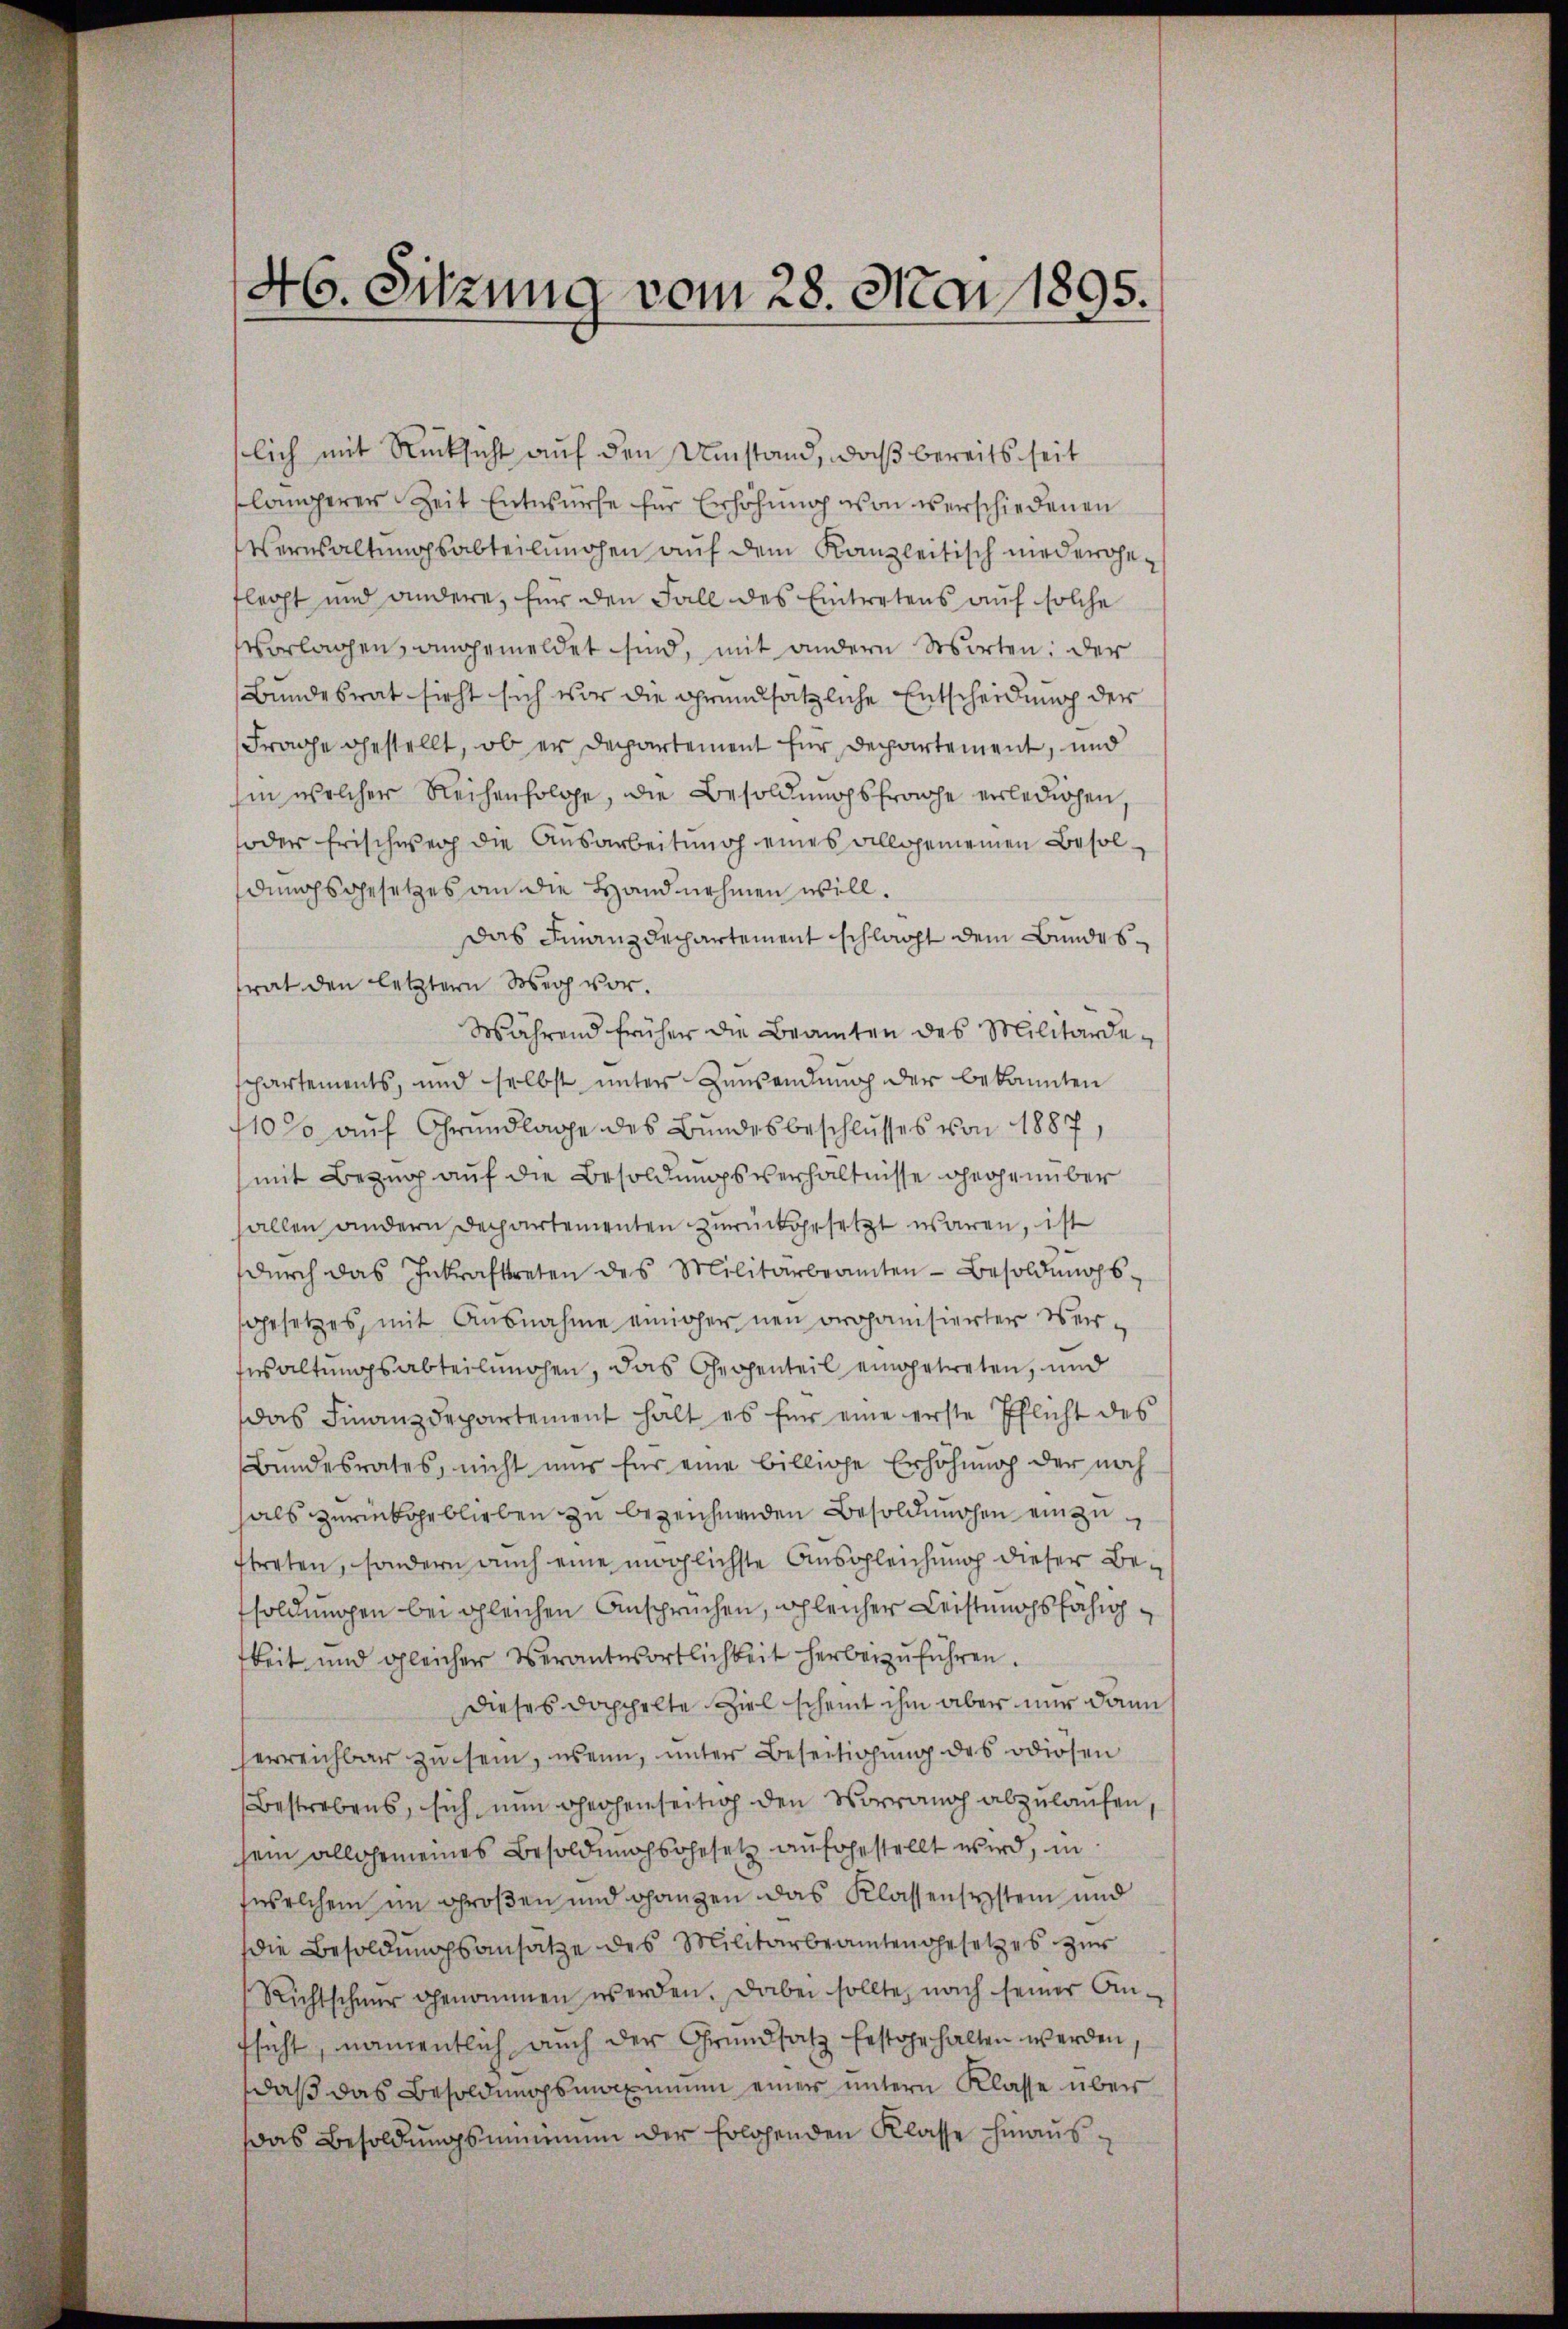
46. Sitzung vom 28. Mai 1895.

lich mit Rücksicht auf den Umstand, daß bereits seit
längerer Zeit Entwürfe für Erhöhung von verschiedenen
Verwaltungsabteilungen auf dem Kanzleitisch niederheflecht und andere, für den Fall des Eintretens auf solche
vorlagen, angemeldet sind, mit andern Worten: der
Bundesrat sicht sich vor die grundsätzliche Entscheidung der
Frage gestellt, ob er Departement für Departement, und
hin welcher Reihenfolge, die Besoldungsproche erledigen
foder Frischweih die Ausarbeitung eines allgemeinen Besoldungsgesetzes an die Hand nehmen will.
Das Finanzdechartement schlacht dem Bundestrat den letztern Weg vor¬
Während früher die Beamten des Militärdeschartements, und selbst unter Zuwendung der bekannten
110% auf Grundlage des Bundesbeschlusses von 1887,
(mit Bezug auf die Besoldungsverhältnisse gegenüber
allen andern Dechartementen zurückgesetzt waren, ist
dŭrch das Inkrafttreten des Militärbeamten Besoldŭngs-
gesetzes, mit Ausnahme einiger neu organisierter Verfesaltungsabteilungen, das Gegenteil eingetreten, und
das Finanzdepartement halt es für eine erste Pflicht des
Bundesrates, nicht uns für eine billige Erhöhung der noch
hals zurückgeblieben zu bezeichnenden Besoldungen einzutreten, sondern auch eine möglichste Ausgleichung dieser Besoldungen bei gleichen Anspruchen, gleicher Leistungsfähigkeit und gleicher Verantwortlichkeit herbeizŭführen.
Dieses doppelte Ziel scheint ihm aber nur dann
herreichbar zu sein, wenn, unter Beseitigung des odiosen
Bestrebens, sich nun gehenseitig den Vorrang abzulaufen,
sein allgemeines Besoldungssohesetz aufgestellt wird, in
fwelchem im Großen und ganzen das Klassensystem und
die Besoldungsansätze des Militärbeamtengesetzes zur
Richtschnur genommen werden. Dabei sollte, nach seiner Anfsicht, namentlich auch der Grundsatz festgehalten werden,
daß das Besoldungsmaximum einer untern Klasse über
as Besoldungsminium der Erlösenden Klasse hinaus¬